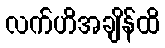
လက်ဟိအချိန်ထိ